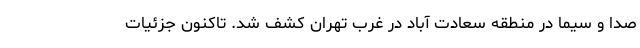
صدا و سیما در منطقه سعادت آباد در غرب تهران کشف شد. تاکنون جزئیات